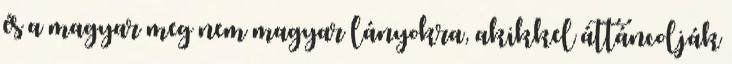
és a magyar meg nem magyar lányokra, akikkel áttáncolják